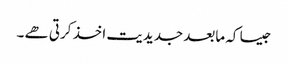
جیسا کہ مابعد جدیدیت اخذ کرتی ھے ۔